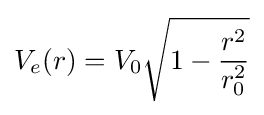
V_{e}(r)=V_{0}{\sqrt {1-{r^{2} \over r_{0}^{2}}}}